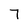
Character: 7